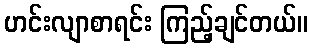
ဟင်းလျာစာရင်း ကြည့်ချင်တယ်။